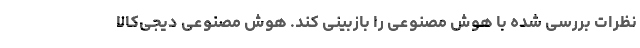
نظرات بررسی شده با هوش مصنوعی را بازبینی کند. هوش مصنوعی دیجی‌کالا